Vaccination in Bombay 1924-1928 - 1924-1928
Year: 1924
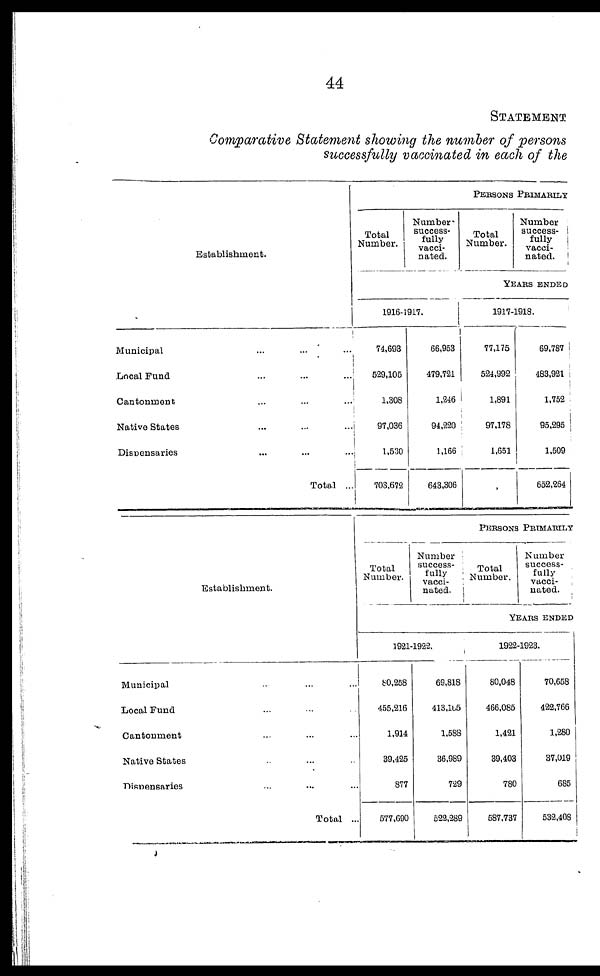
44
STATEMENT
Comparative Statement showing the number of persons
successfully vaccinated in each of the
Establishment.
Municipal ... ... ...
Local Fund ... ... ...
Cantonment ... ... ...
Native States ... ... ...
Dispensaries ... ... ...
Total ...
PERSONS PRIMARILY
Total
Number.
Number
success-
fully
vacci-
nated.
Total
Number.
Number
success¬
fully
vacci-
nated.
YEARS ENDED
1916-1917.
74,693
529,105
1,308
97,036
1,530
703,672
66,953
479,721
1,246
94,220
1,166
643,306
1917-1918.
77,175
524,992
1,891
97,178
1,651
702,887
69,787
483,921
1,752
95,295
1,509
652,264
Establishment.
Municipal ... ... ...
Local Fund ... ... ...
Cantonment ... ... ...
Native States ... ... ...
Dispensaries ... ... ...
Total ...
PERSONS PRIMARILY
Total
Number.
Number
success-
fully
vacci-
nated.
Total
Number.
Number
success-
fully
vacci-
nated.
YEARS ENDED
1921-1922.
80,258
455,216
1,914
39,425
877
577,690
69,818
413,105
1,588
36,989
729
522,289
1922-1923.
80,048
466,085
1,421
39,403
780
587,737
70,658
422,766
1,280
37,019
685
532,408